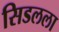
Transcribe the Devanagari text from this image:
सिडलला